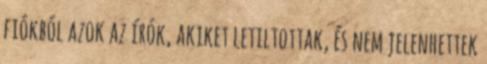
fiókból azok az írók, akiket letiltottak, és nem jelenhettek